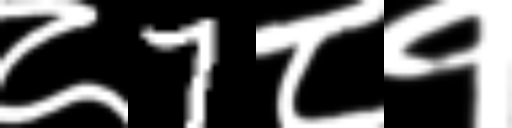
Text: ८7८१